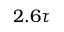
2 . 6 \tau